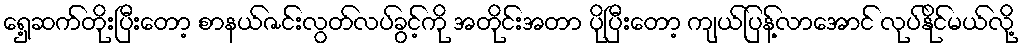
ရှေ့ဆက်တိုးပြီးတော့ စာနယ်ဇင်းလွတ်လပ်ခွင့်ကို အတိုင်းအတာ ပိုပြီးတော့ ကျယ်ပြန့်လာအောင် လုပ်နိုင်မယ်လို့